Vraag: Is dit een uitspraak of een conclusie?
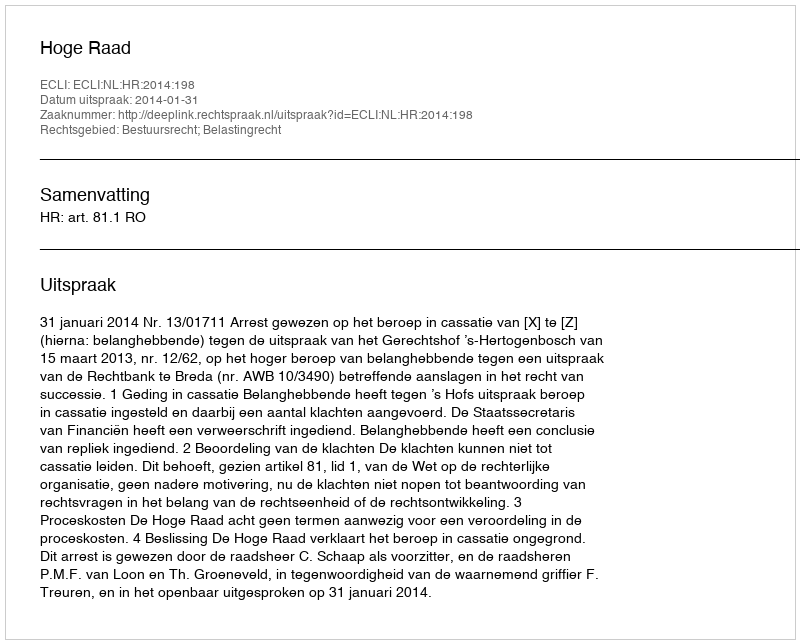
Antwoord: Uitspraak